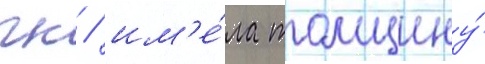
гк / им'е́ла толщину́